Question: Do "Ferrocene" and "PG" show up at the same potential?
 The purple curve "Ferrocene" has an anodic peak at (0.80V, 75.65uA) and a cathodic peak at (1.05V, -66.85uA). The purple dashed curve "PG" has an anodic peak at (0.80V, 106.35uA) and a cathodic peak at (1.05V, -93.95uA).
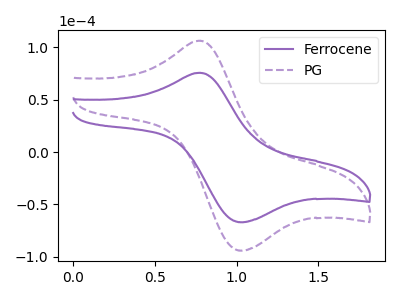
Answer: <think>All the peaks in "Ferrocene" have a peak in "PG" at the same potential. Every peak in "Ferrocene" is lower than every peak in "PG".
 </think>
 <answer>"Ferrocene" and "PG" are similar in shape.</answer>
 <eval>same_shape</eval>